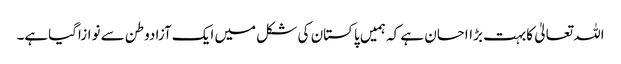
اللہ تعالیٰ کابہت بڑااحسان ہے کہ ہمیں پاکستان کی شکل میں ایک آزادوطن سے نوازاگیاہے۔